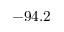
- 9 4 . 2